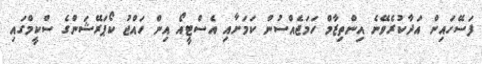
ފަސޭހައިން އަދާކުރެވޭނެ އިންތިޒާމް ހަމަޖެއްސުން ކަމަށާއި އެސްޓީއޯ އިން ހައްޖު ކޯޕަރޭޝަންގެ ސްކީމްގައި